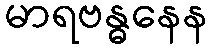
မာရဗန္ဓနေန